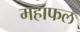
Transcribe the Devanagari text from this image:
महाफल